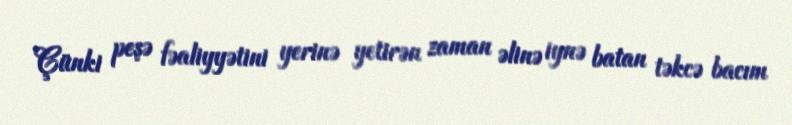
Çünki peşə fəaliyyətini yerinə yetirən zaman əlinə iynə batan təkcə bacım